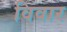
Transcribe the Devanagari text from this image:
विवार